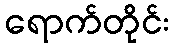
ရောက်တိုင်း